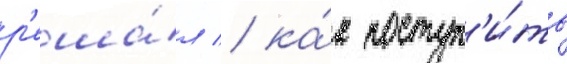
р'еша́л / ка́к поступ'и́ть